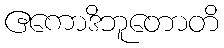
ဧကောဒိဘူတောတိ